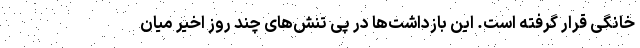
خانگی قرار گرفته است. این بازداشت‌ها در پی تنش‌های چند روز اخیر میان